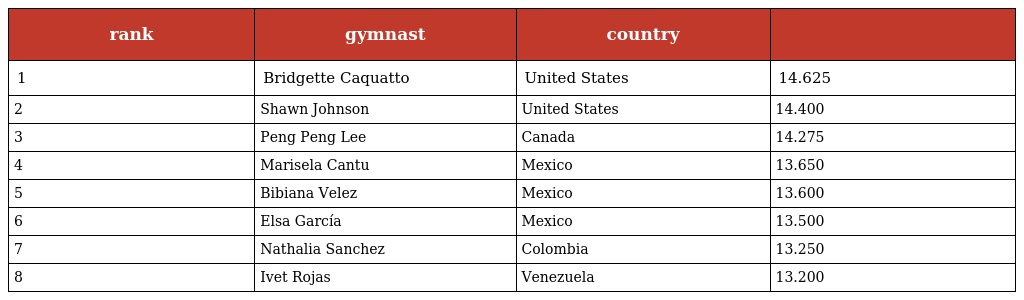
| rank | gymnast | country |  |
 | --- | --- | --- | --- |
 | 1 | Bridgette Caquatto | United States | 14.625 |
 | 2 | Shawn Johnson | United States | 14.400 |
 | 3 | Peng Peng Lee | Canada | 14.275 |
 | 4 | Marisela Cantu | Mexico | 13.650 |
 | 5 | Bibiana Velez | Mexico | 13.600 |
 | 6 | Elsa García | Mexico | 13.500 |
 | 7 | Nathalia Sanchez | Colombia | 13.250 |
 | 8 | Ivet Rojas | Venezuela | 13.200 |